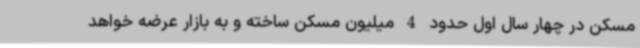
مسکن در چهار سال اول حدود 4 میلیون مسکن ساخته و به بازار عرضه خواهد